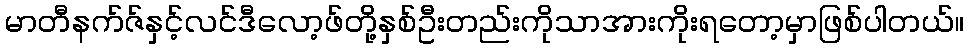
မာတီနက်ဇ်နှင့်လင်ဒီလော့ဖ်တို့နှစ်ဦးတည်းကိုသာအားကိုးရတော့မှာဖြစ်ပါတယ်။